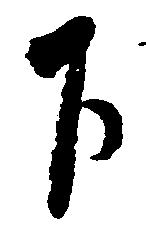
下